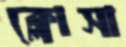
ক্লোসা